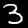
Digit: 3